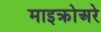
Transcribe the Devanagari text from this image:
माइक्रोअरे